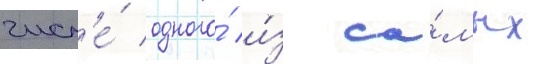
числ'е́ одного́ и́з са́мых